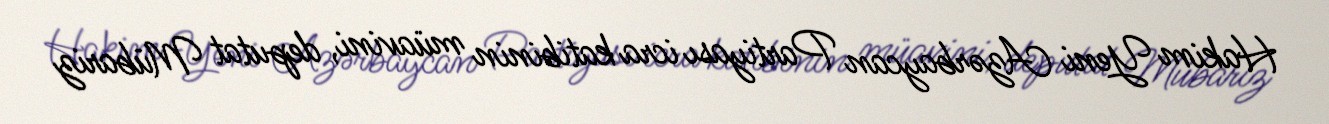
Hakim Yeni Azərbaycan Partiyası icra katibinin müavini, deputat Mübariz